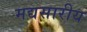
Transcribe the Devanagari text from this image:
मद्यसारीय